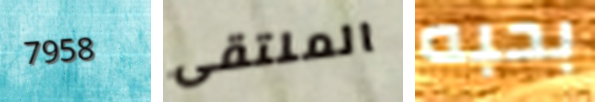
7958 الملتقى بحبه